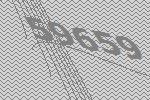
59659